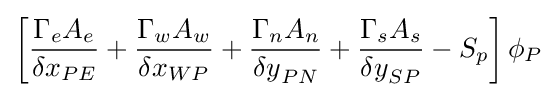
\left[{\frac {{\Gamma {}}_{e}A_{e}}{{\delta {}x}_{PE}}}+{\frac {{\Gamma {}}_{w}A_{w}}{{\delta {}x}_{WP}}}+{\frac {{\Gamma {}}_{n}A_{n}}{{\delta {}y}_{PN}}}+{\frac {{\Gamma {}}_{s}A_{s}}{{\delta {}y}_{SP}}}-S_{p}\right]\phi {}_{P}